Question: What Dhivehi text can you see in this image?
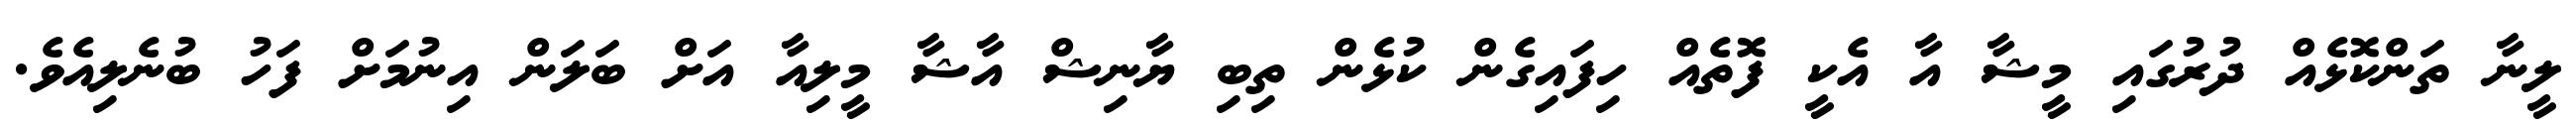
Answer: ލީނާ ތަންކޮޅެއް ދުރުގައި މީޝާ އާ އެކީ ފޮތެއް ހިފައިގެން ކުޅެން ތިބި ޔާނިޝް އާޝާ މީލިއާ އަށް ބަލަން އިނުމަށް ފަހު ބުނެލިއެވެ.